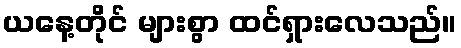
ယနေ့တိုင် များစွာ ထင်ရှားလေသည်။